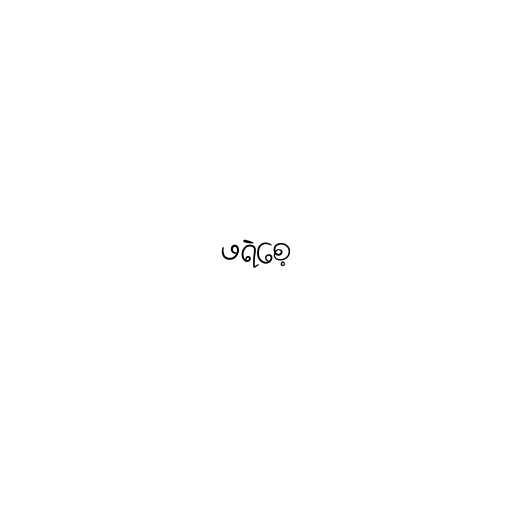
ဖရဲစေ့